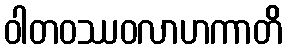
ဝါတဝဿဝလာဟကာတိ